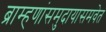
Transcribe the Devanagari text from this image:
ब्राम्हणांसमुदायासमवेत